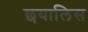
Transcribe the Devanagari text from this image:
छयालिस